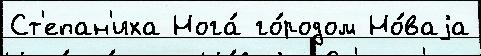
Ст'епан'иха Нога́ го́родом Но́ваjа